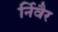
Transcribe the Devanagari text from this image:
र्निवैर